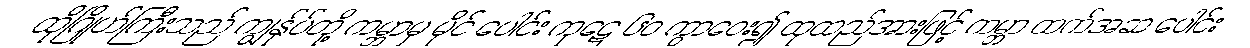
ထိုဂြိုဟ်ကြီးသည် ကျွန်ုပ်တို့ ကမ္ဘာမှ မိုင် ပေါင်း ကုဋေ ၆၀ ကွာဝေး၍ ထုထည်အားဖြင့် ကမ္ဘာ ထက်အဆ ပေါင်း